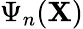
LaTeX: \Psi_{n}(\mathbf{X})